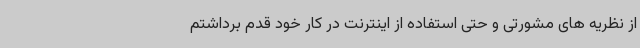
از نظریه های مشورتی و حتی استفاده از اینترنت در کار خود قدم برداشتم